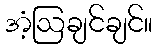
အံ့ဩချင်ချင်။